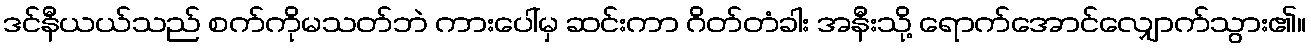
ဒင်နီယယ်သည် စက်ကိုမသတ်ဘဲ ကားပေါ်မှ ဆင်းကာ ဂိတ်တံခါး အနီးသို့ ရောက်အောင်လျှောက်သွား၏။